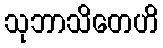
သုဘာသိတေဟိ